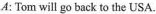
A: Tom will go back to the USA.